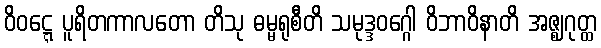
ဝိဝဋ္ဋေ ပူရိတကာလတော တိသု ဓမ္မရုစီတိ သမုဒ္ဒဝဂ္ဂေါ ဝိဘာဝိနာတိ အဇ္ဈဂုတ္ထ